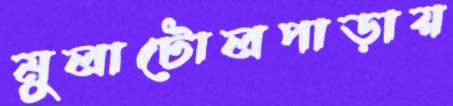
মুলাটোলপাড়ায়